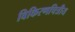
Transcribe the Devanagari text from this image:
विकिरणचित्रीय